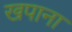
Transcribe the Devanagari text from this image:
खपाना